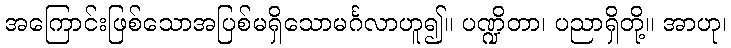
အကြောင်းဖြစ်သောအပြစ်မရှိသောမင်္ဂလာဟူ၍။ ပဏ္ဍိတာ၊ ပညာရှိတို့။ အာဟု၊